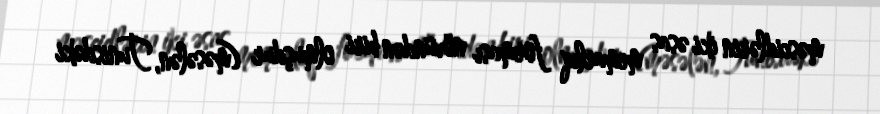
məscidlərin iki əsas memarlıq forması növündən biri olmuşdur (məsələn, Tunisdəki